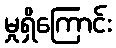
မှုရှိကြောင်း